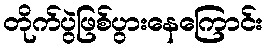
တိုက်ပွဲဖြစ်ပွားနေကြောင်း